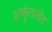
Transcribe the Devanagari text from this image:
शकुंतलेत